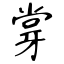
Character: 牚